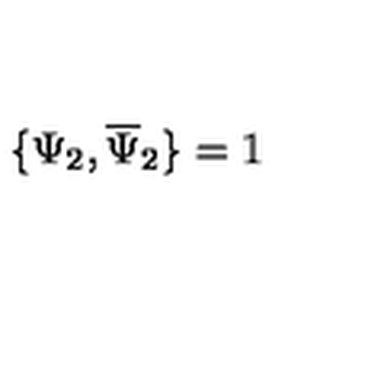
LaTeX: \{ \Psi _ { 2 } , \overline { { \Psi } } _ { 2 } \} = 1